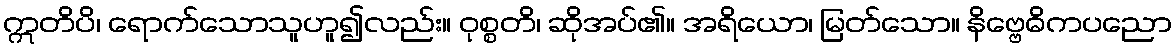
ဣတိပိ၊ ရောက်သောသူဟူ၍လည်း။ ဝုစ္စတိ၊ ဆိုအပ်၏။ အရိယော၊ မြတ်သော။ နိဗ္ဗေဓိကပညော